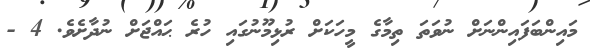
މައިންބަފައިންނަށް ނުވަތަ ތިމާގެ މީހަކަށް ރުޅިމޫނުގައި ހުރެ ޙައްޖަށް ނުދާށެވެ. 4 -